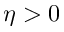
\eta > 0